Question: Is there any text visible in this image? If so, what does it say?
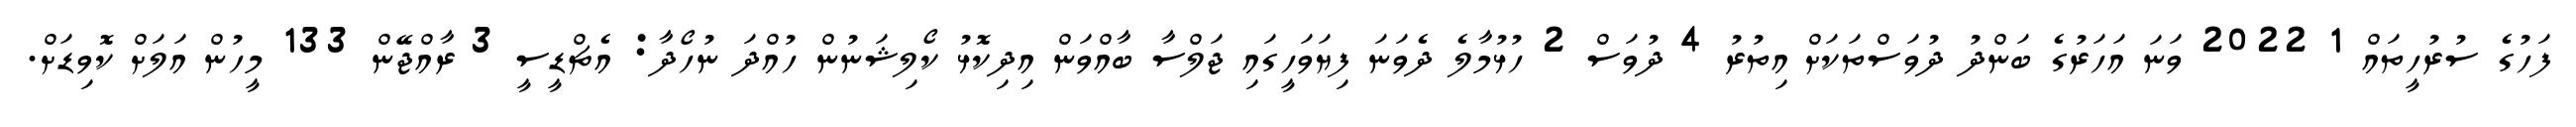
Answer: ފަހުގެ ސުރުހީތައް 1 2022 ވަނަ އަހަރުގެ ބަންދު ދުވަސްތަކަށް އިތުރު 4 ދުވަސް 2 ހުޅުމާލެ ދެވަނަ ފިޔަވަހީގައި ޖަލްސާ ބާއްވަން އިދިކޮޅު ކޯލިޝަނުން ހުއްދަ ނުހޯދާ: އެޗްޑީސީ 3 ރާއްޖޭން 133 މީހުން އަލަށް ކޮވިޑަށް.